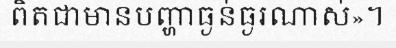
ពិតជាមានបញ្ហាធ្ងន់ធ្ងរណាស់»។